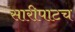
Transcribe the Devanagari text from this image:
सारीपाटच